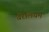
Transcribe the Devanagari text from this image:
बैरेलियम